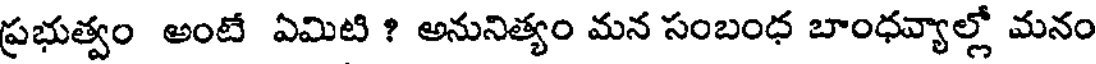
ప్రభుత్వం అంటే ఏమిటి ? అనునిత్యం మన సంబంధ బాంధవ్యాల్లో మనం